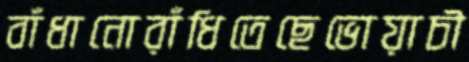
বাঁধানোরাঁধিতেছেভোয়াচী